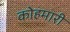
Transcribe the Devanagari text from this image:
कोहमारी